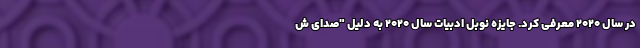
در سال ۲۰۲۰ معرفی کرد. جایزه نوبل ادبیات سال ۲۰۲۰ به دلیل "صدای ش